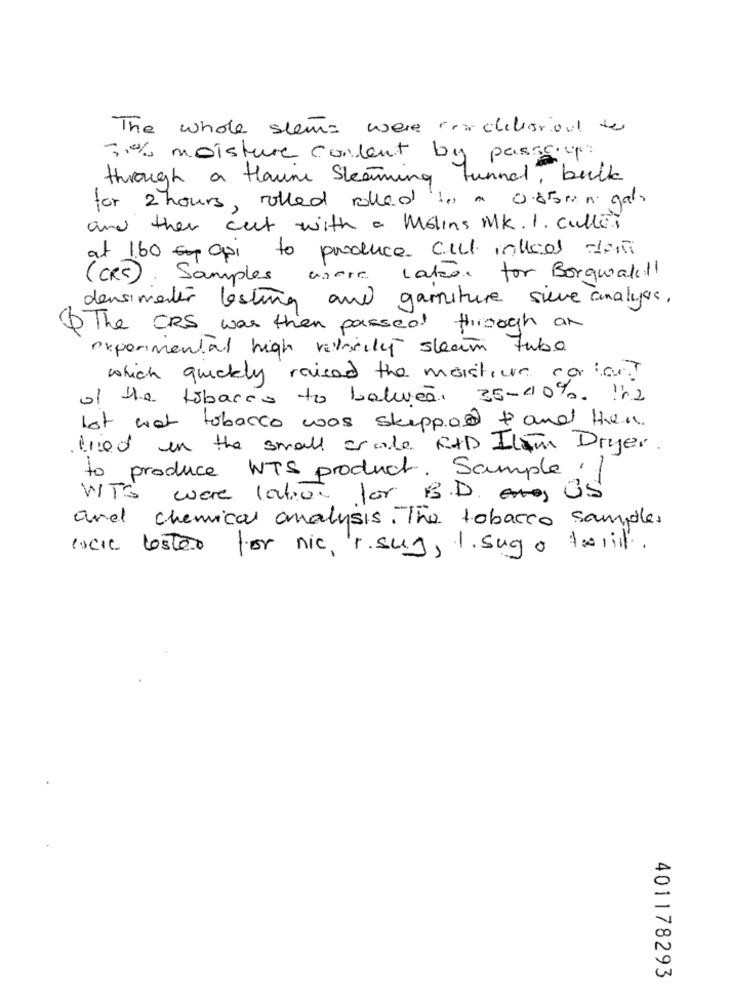
The whole stem= were richbored to
3% moisture content by passay:
through a flamme Steaming
tunnel, bulk
for 2 hours , rolled rolled to a 0.85mn gab.
and then cut with a Molins MK. 1. cullen
at 160 apr to produce Cell inklcol dla
( CRC )
Samples
were lakeer for Borqualill
densimenter lesting and garniture sieve analyas.
6 The CRS was then passed through an
experimental high velocity steam tube
which quickly raised the moistur cortar?
of the tobacco to balweai 35-10%. In2
lot wat tobacco was skipped & and then
tried in the small orale RAD Itam Dryer.
to produce WTS product . Sample . ]
WIT'S ware lation for B.Den US
and chemical analysis. The tobacco samples
Ixcic lester for nic, r. sug, 1. sugo tarif.
401178293